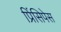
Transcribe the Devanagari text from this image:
प्रिंसिपेस